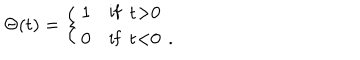
\Theta ( t ) = \left\{ \begin{array} { l l } { { 1 } } & { { \mathrm { i f ~ t > 0 ~ } } } \\ { { 0 } } & { { \mathrm { i f ~ t < 0 ~ } \, . } } \\ \end{array} \right.